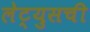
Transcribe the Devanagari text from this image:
लेट्युसची